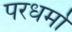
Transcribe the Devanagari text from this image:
परधर्मो